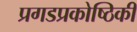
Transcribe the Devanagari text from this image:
प्रगडप्रकोष्ठिकी